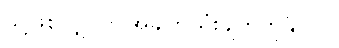
သို့ဖြစ်လျှင်ဤအချက်သုံးချက်ကိုနှိပ်ပါ။